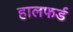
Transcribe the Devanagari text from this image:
हालफर्ड